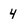
Character: 4